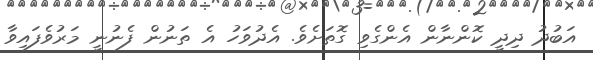
އަބުދު ދިދީ ކޮންނާން އެންގެވި ގޮތަށެވެ. އެދުވަހު އެ ތަނުން ފެނުނީ މަރުވެފައިވާ